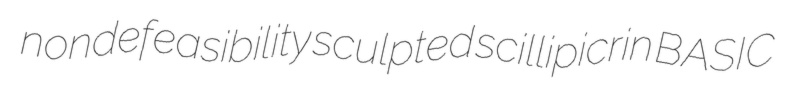
nondefeasibility sculpted scillipicrin BASIC